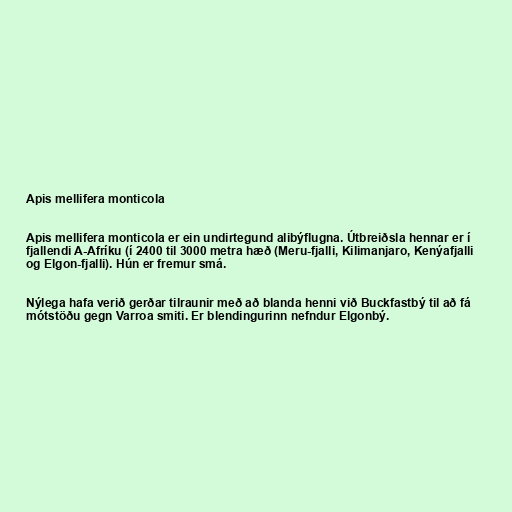
Apis mellifera monticola

Apis mellifera monticola er ein undirtegund alibýflugna. Útbreiðsla hennar er í
fjallendi A-Afríku (í 2400 til 3000 metra hæð (Meru-fjalli, Kilimanjaro, Kenýafjalli
og Elgon-fjalli). Hún er fremur smá.

Nýlega hafa verið gerðar tilraunir með að blanda henni við Buckfastbý til að fá
mótstöðu gegn Varroa smiti. Er blendingurinn nefndur Elgonbý.